Indian journal of veterinary science and animal husbandry - Volumes 22-23, 1952-1953
Year: 1952
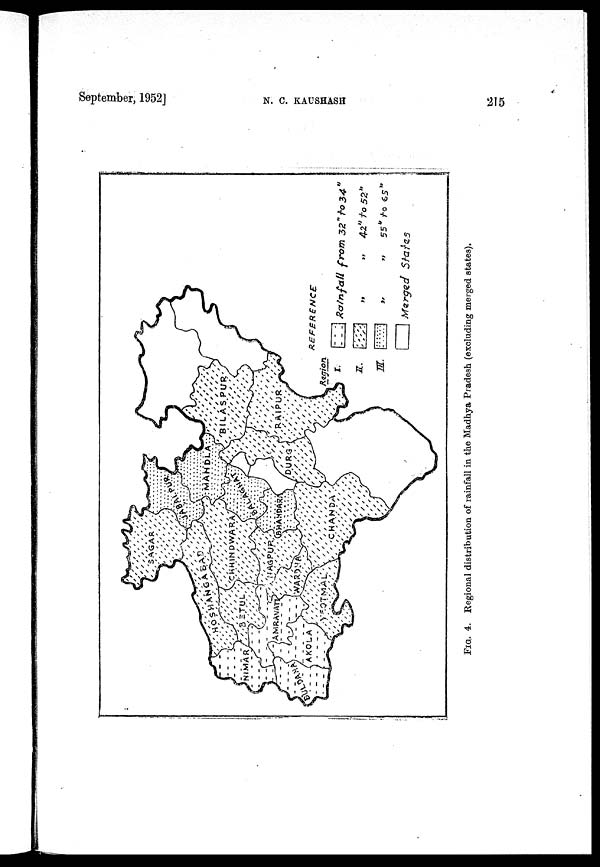
September, 1952]
N.
C.
KAUSHASH
215
FIG. 4. Regional distribution of rainfall in the Madhya Pradesh (excluding merged states).